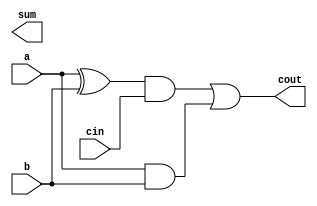
module full_adder(

input a,
input b,
input cin,
output sum,
output cout
);

wire z1,z2,z3;

xor(z1,a,b);
xor(s,z1,cin);
and(z2,z1,cin);
and(z3,a,b);
or(cout,z2,z3);

endmodule